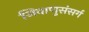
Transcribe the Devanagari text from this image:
जिवाणुसंसर्ग